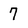
Character: 7